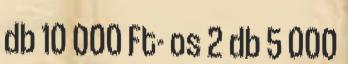
db 10 000 Ft- os 2 db 5 000